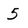
Character: 5